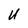
Character: U